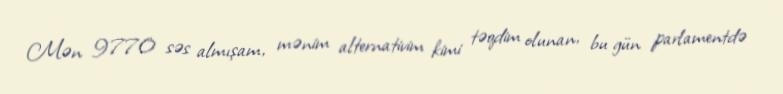
Mən 9770 səs almışam, mənim alternativim kimi təqdim olunan, bu gün parlamentdə